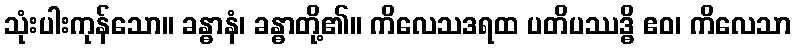
သုံးပါးကုန်သော။ ခန္ဓာနံ၊ ခန္ဓာတို့၏။ ကိလေသဒရထ ပတိပဿဒ္ဓိ ဧဝ၊ ကိလေသာ